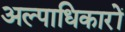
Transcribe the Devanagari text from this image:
अल्पाधिकारों